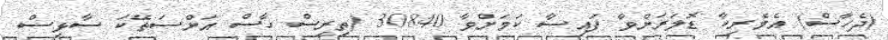
(ދެހާސް) އެމެރިކާ ޑޮލަރަށްވާ ފައިސާ ކަމަށްވާ 30840 (ތިރީސް ހާސް އަށްސަތޭކަ ސާޅިސް